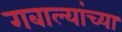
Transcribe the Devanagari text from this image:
गबाल्यांच्या